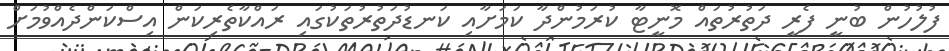
ފުލުހުން ބުނީ ފެރީ ދަތުރުތައް މޮނީޓާ ކުރަމުންދާ ކަމަށާއި ކަނޑުދަތުރުތަކުގައި ރައްކާތެރިކަން އިސްކަންދެއްވުމަށް